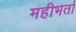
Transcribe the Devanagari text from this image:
महीभर्ता